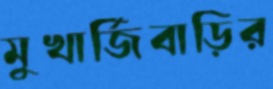
মুখার্জিবাড়ির